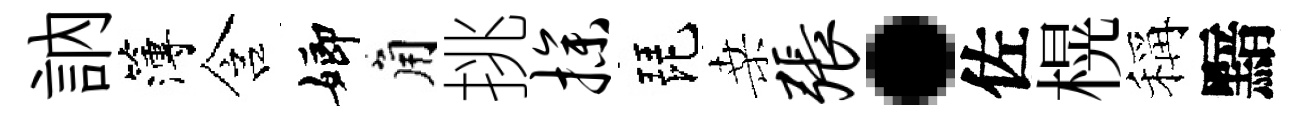
訥簿含嫏角挑操琵桑张·佐榥稱黯